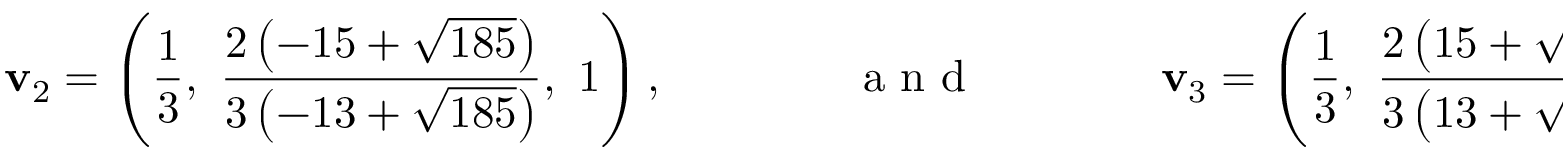
\mathbf { v } _ { 2 } = \left( \frac { 1 } { 3 } , \ \frac { 2 \left( - 1 5 + \sqrt { 1 8 5 } \right) } { 3 \left( - 1 3 + \sqrt { 1 8 5 } \right) } , \ 1 \right) , \qquad \qquad \mathrm { ~ a ~ n ~ d ~ } \qquad \qquad \mathbf { v } _ { 3 } = \left( \frac { 1 } { 3 } , \ \frac { 2 \left( 1 5 + \sqrt { 1 8 5 } \right) } { 3 \left( 1 3 + \sqrt { 1 8 5 } \right) } , \ 1 \right) .